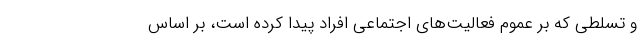
و تسلطی که بر عموم فعالیت‌های اجتماعی افراد پیدا کرده است، بر اساس